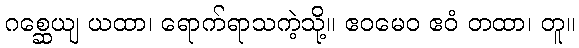
ဂစ္ဆေယျ ယထာ၊ ရောက်ရာသကဲ့သို့။ ဧဝမေဝ ဧဝံ တထာ၊ တူ။